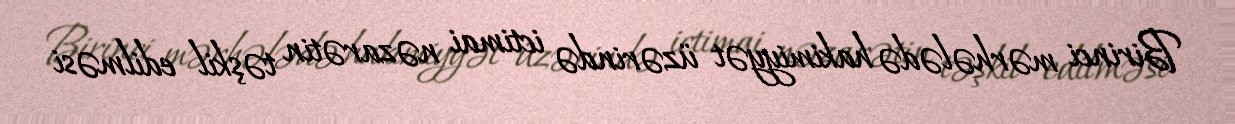
Birinci mərhələdə hakimiyyət üzərində ictimai nəzarətin təşkil edilməsi